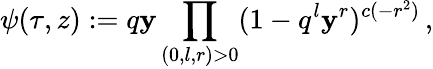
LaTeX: \psi(\tau,z):=q\mathbf{y}\prod_{(0,l,r)>0}(1-q^{l}\mathbf{y}^{r})^{c(-r^{2})}\, ,